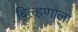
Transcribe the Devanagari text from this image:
बिल्हणाला